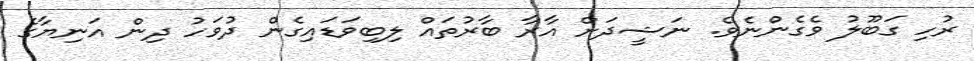
ރުހި ގަބޫލު ވެގެންނެވެ. ނަޝީދަށް އާރާ ބާރުތައް ލިބިވަޑައިގެން ދުވަހު ދިން އަނިޔާގެ